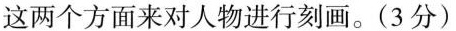
这两个方面来对人物进行刻画。(3分)